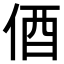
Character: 𫢞